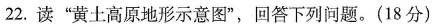
22.读”黄土高原地形示意图”，回答下列问题。(18分)